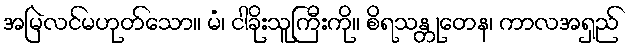
အမြဲလင်မဟုတ်သော။ မံ၊ ငါခိုးသူကြီးကို။ စိရသန္တုတေန၊ ကာလအရှည်